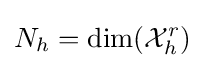
N_{h}=\dim({\mathcal {X}}_{h}^{r})